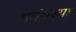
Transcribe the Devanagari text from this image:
कांगस्या